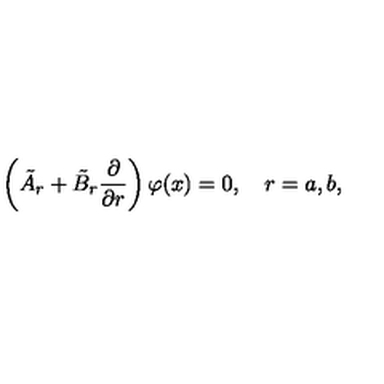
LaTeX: \left( \tilde { A } _ { r } + \tilde { B } _ { r } \frac { \partial } { \partial r } \right) \varphi ( x ) = 0 , \quad r = a , b ,